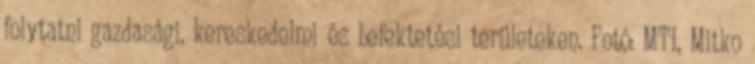
folytatni gazdasági, kereskedelmi és befektetési területeken. Fotó: MTI, Mitko